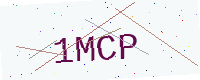
Text: 1MCP